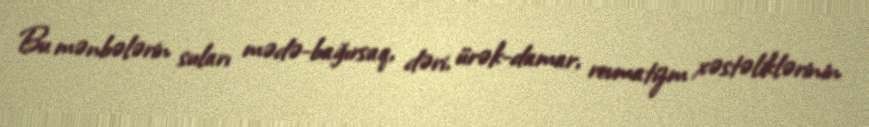
Bu mənbələrin suları mədə-bağırsaq, dəri, ürək-damar, revmatizm xəstəliklərinin